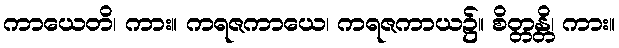
ကာယေတိ၊ ကား။ ကရဇကာယေ၊ ကရဇကာယ၌။ စိတ္တန္တိ၊ ကား။